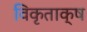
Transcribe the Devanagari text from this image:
विकृताक्ष